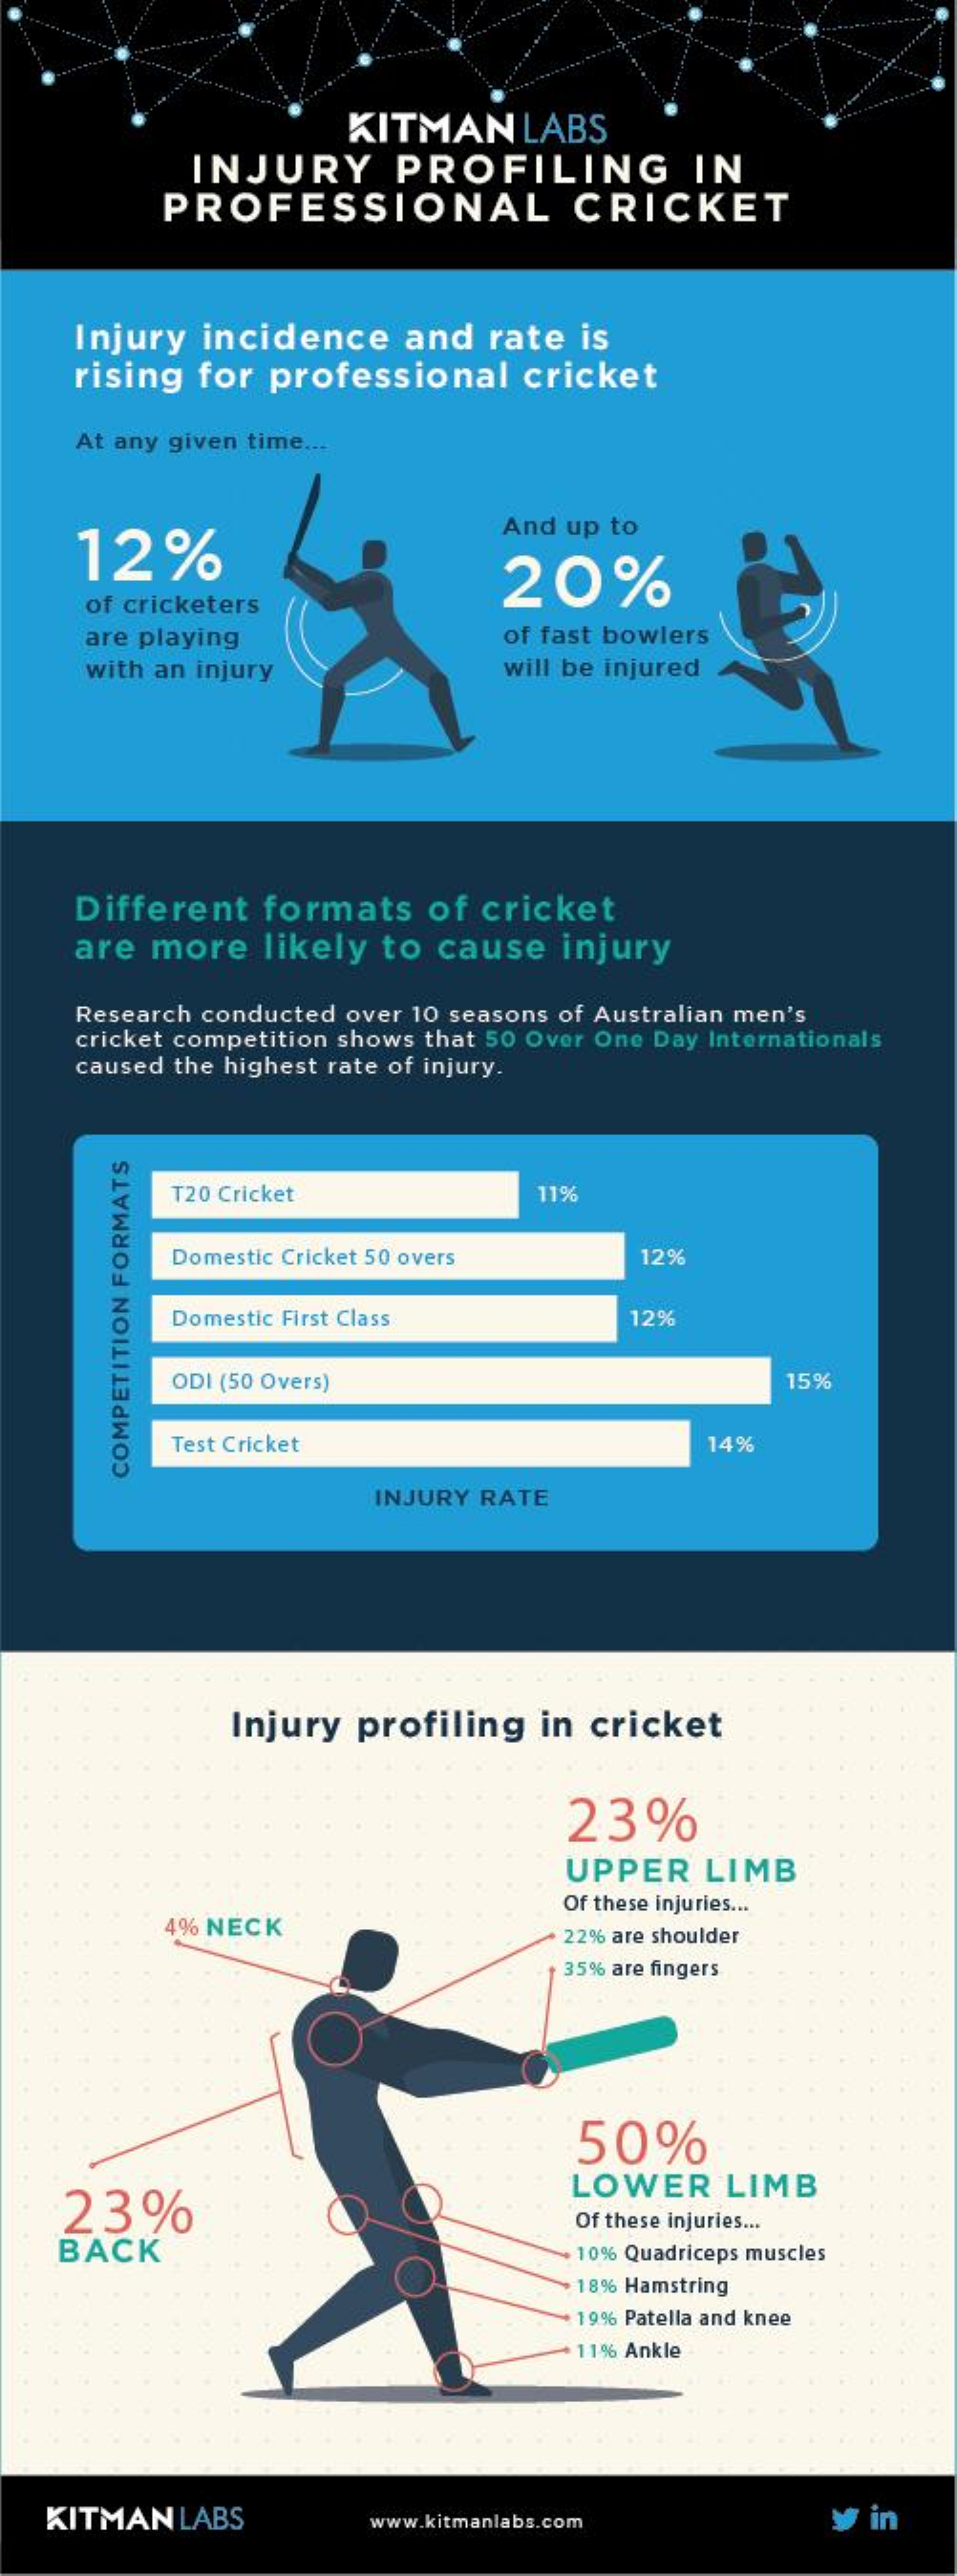
KITMAN    LABS
     INJURY    PROFILING    IN
     PROFESSIONAL    CRICKET
     Injury  incidence    and  rate  is
     rising  for  professional    cricket
     At any given time ...
     12%
     And up to
     20%
     of cricketers
     are playing    of fast bowlers
     with an injury    will be injured
     Different   formats    of  cricket
     are  more   likely  to  cause   injury
     Research conducted over 10 seasons of Australian men's
     cricket competition shows that 50 Over One Day Internationals
     caused the highest rate of injury.
     T20 Cricket    11%
     Domestic Cricket 50 overs    12%
     Domestic First Class    12%
     ODI (50 Overs)    15%
     Test Cricket    14%
     COMPETITION
     FORMATS
     INJURY RATE
     Injury profiling   in  cricket
     23    %
     UPPER    LIMB
     4% NECK
     Of these injuries ...
     22% are shoulder
     35% are fingers
     50%
    23%
     LOWER    LIMB
     Of these injuries ...
    BACK    10% Quadriceps muscles
     18% Hamstring
     19% Patella and knee
     11% Ankle
   KITMAN   LABS    www.kitmanlabs.com    in